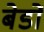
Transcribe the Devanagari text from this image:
बेडों